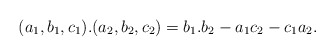
\begin{align*}(a_1,b_1,c_1).(a_2,b_2,c_2) = b_1.b_2 - a_1c_2 - c_1a_2.\end{align*}